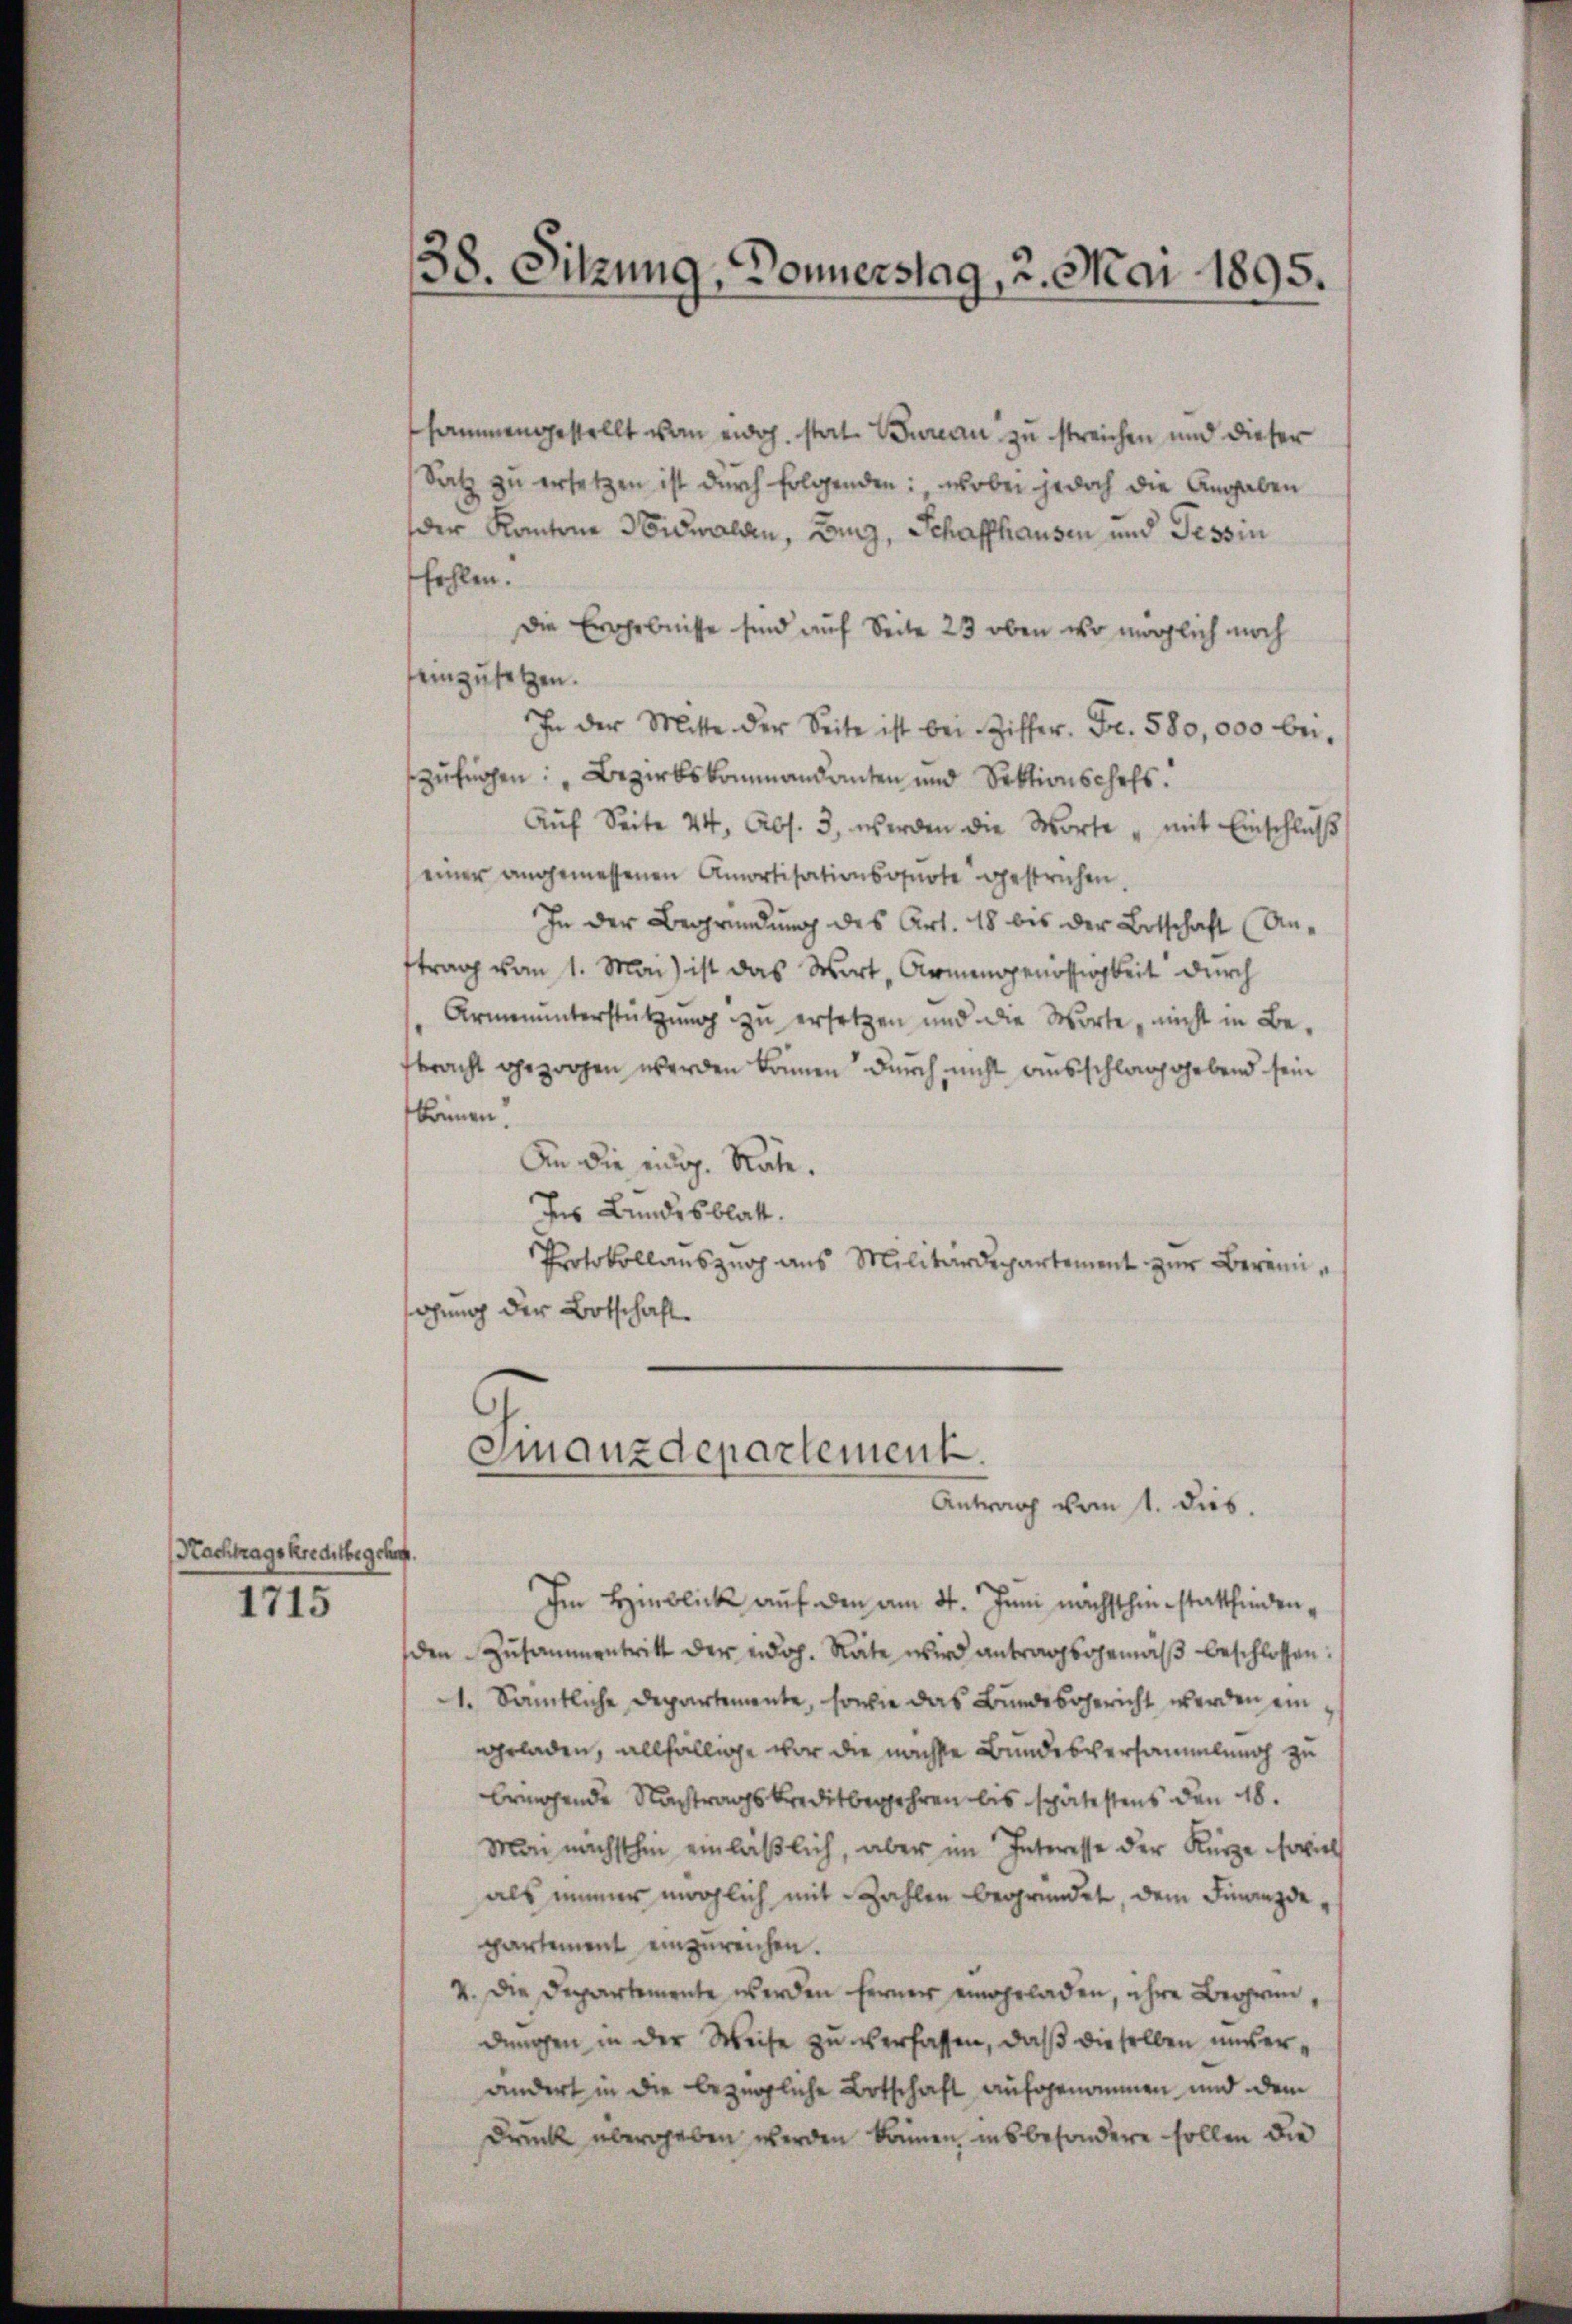
Nachtrags Kreditbegehen.

1715

38. Sitzung, Donnerstag, 2. Mai 1895.

sammengestellt von eidg. stat. Bureau zu streichen und dieser
Satz zu ersetzen ist durch folgenden: wobei jedoch die Angaben
der Kantone Nidwalden, Zug, Schaffhausen und Tessin
fehlen.
Die Ergebnisse sind auf Seite 23 oben wo möglich noch
einzusetzen.
In der Mitte der Seite ist bei Ziffer. Fr. 580,000 bei,
szufügen: „Bezirkskommandanten und Sektionschaft.
Aŭf Seite 44, Abs. 3, werden die Worte " mit Einschlŭβ
einer angemessenen Amortisationsquote gestrechen.
In der Begründung des Art. 18 bis der Botschaft (An-
ftrag vom 1. Mai ist das Wort „Armensgenössigkeit durch
Armenunterstützung zu ersetzen und die Worte, nicht in Bebracht gezogen werden können durch nicht ausschlag gebend sein
krinen.
An die eidg. Rate.
Ins Bundesblatt.
Protokollaŭszŭg ans Militärdepartement zŭr Bereinisahung der Botschaft.

Finanzdepartement
Antrag vom 1. dies.

Im Hinblick auf den am 4. Juni nächsthie stattfindenden Zusammentritt der erdoh. Räte wird antragsgemäβ beschlossen:
1. Sämtliche Departemente, sowie das Bundesgericht werden ein
ggeladen, allfällige vor die nachste Bundesversammlung zu
bringende Nachtragskreditbegehren bis spätestens den 18.
Mai nächsthin einläßlich, aber im Interesse der Kürze soviel
als immer möglich mit Zahlen begründet, dem Finanzde
partement einzureichen.
4. Die Departemente werden ferner eingeladen, ihre Begrün,
dungen in der Weise zu verfassen, daß dieselben unverändert in die bezügliche Botschaft aufgenommen und dem
Druck übergeben werden können, insbesondere sollen die